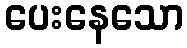
ပေးနေသော